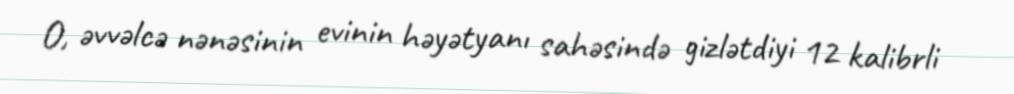
O, əvvəlcə nənəsinin evinin həyətyanı sahəsində gizlətdiyi 12 kalibrli